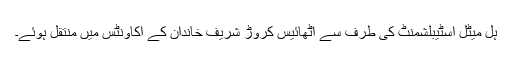
ہل میٹل اسٹیبلشمنٹ کی طرف سے اٹھائیس کروڑ شریف خاندان کے اکاونٹس میں منتقل ہوئے۔